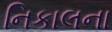
નિકાલના